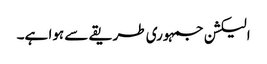
الیکشن جمہوری طریقے سے ہوا ہے۔